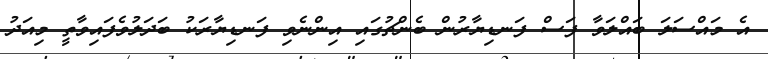
އެ މައްސަލަ ބައްލަވާ ފަސް ފަނޑިޔާރުން ބެންޗުގައި އިންނެވި ފަނޑިޔާރަކު ބަދަލުވެފައިވާތީ މިއަދު